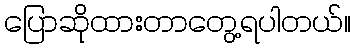
ပြောဆိုထားတာတွေ့ရပါတယ်။